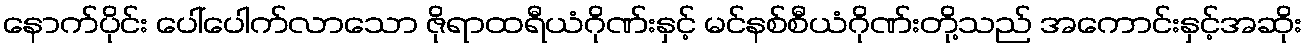
နောက်ပိုင်း ပေါ်ပေါက်လာသော ဇိုရာထရီယံဂိုဏ်းနှင့် မင်နစ်စီယံဂိုဏ်းတို့သည် အကောင်းနှင့်အဆိုး